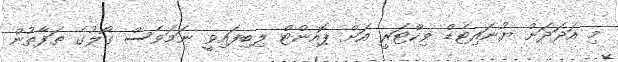
މި އަދަދަށް ޔުނައިޓެޑް ވިކްޓަރީ އަށް ޕޮއިންޓް ލިބިފައިވީ ނަމަވެސް ގޯލުގެ ތަފާތުން